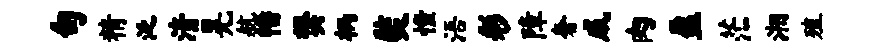
句精泛清晃航幡樊柄奘憧浯彩障奢咸肉盈茫湘殖